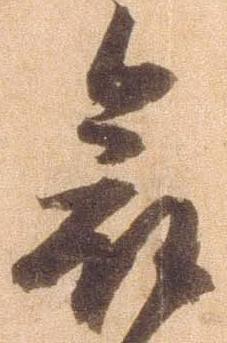
愈